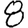
Digit: 8